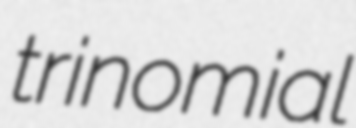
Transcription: trinomial